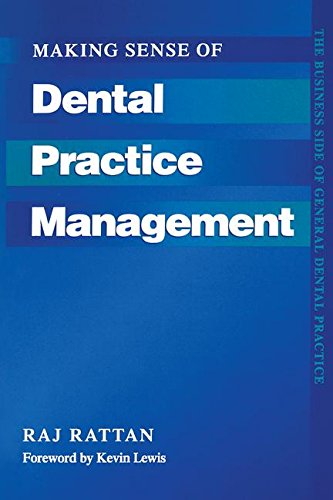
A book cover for Making Sense of Dental Practice Management (Business Side of General Dental Practice); Raj Rattan; Medical Books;